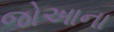
જોઆના